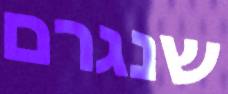
שנגרם